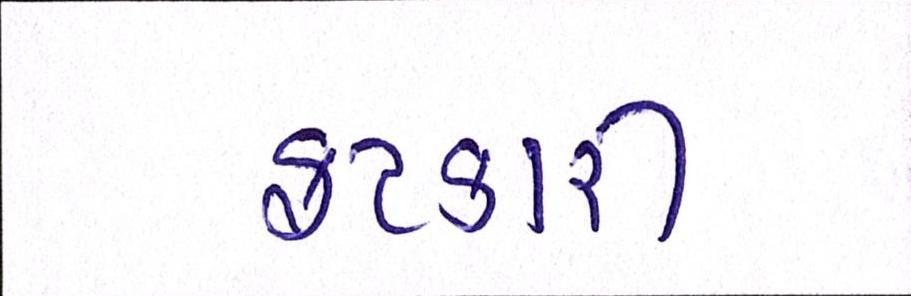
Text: ફટકારી